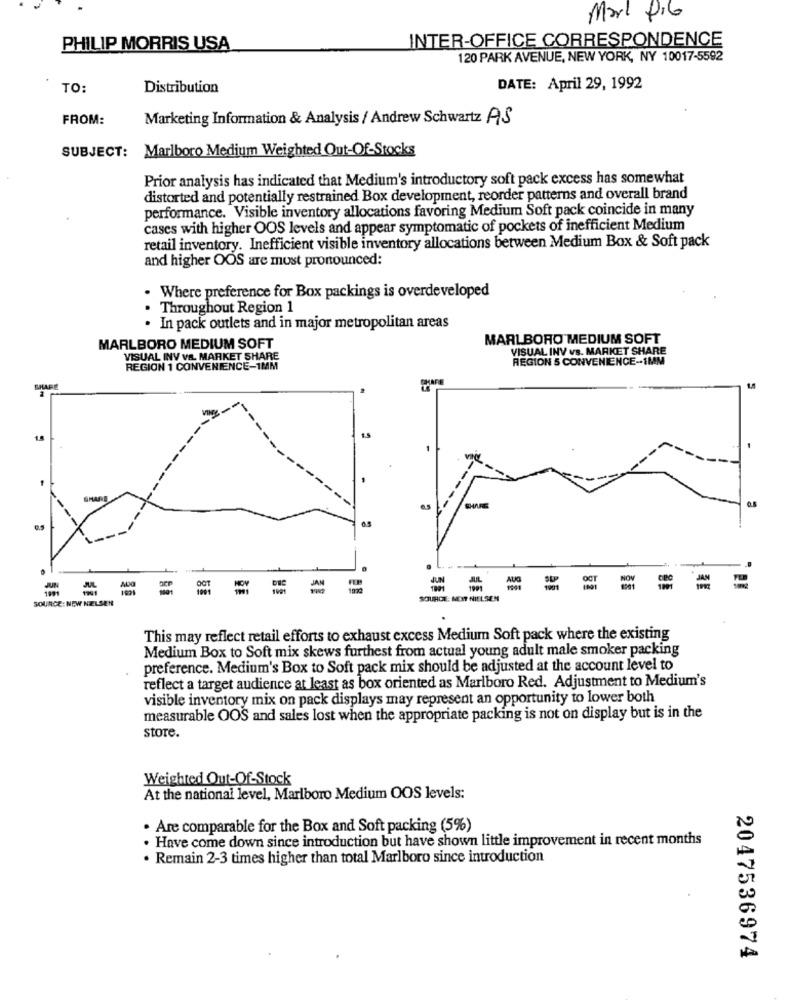
Mark Pib
INTER-OFFICE CORRESPONDENCE
PHILIP MORRIS USA
120 PARK AVENUE, NEW YORK, NY 10017-5592
TO:
Distribution
DATE: April 29, 1992
FROM:
Marketing Information & Analysis / Andrew Schwartz AS
SUBJECT: Marlboro Medium Weighted Out-Of-Stocks
Prior analysis has indicated that Medium's introductory soft pack excess has somewhat
distorted and potentially restrained Box development, reorder patterns and overall brand
performance. Visible inventory allocations favoring Medium Soft pack coincide in many
cases with higher OOS levels and appear symptomatic of pockets of inefficient Medium
retail inventory. Inefficient visible inventory allocations between Medium Box & Soft pack
and higher OOS are most pronounced:
. Where preference for Box packings is overdeveloped
Throughout Region 1
·In pack outlets and in major metropolitan areas
MARLBORO MEDIUM SOFT
MARLBORO MEDIUM SOFT
VISUAL INV vs. MARKET SHARE
VISUAL INV V&. MARKET SHARE
REGION 5 CONVENIENCE-1MM
REGION 1 CONVENIENCE-1MM
CHAPE
5
1.5
-
0.5
SOURCE: NEW NELSEN
SOURDE: MEIT NIELSEN
This may reflect retail efforts to exhaust excess Medium Soft pack where the existing
Medium Box to Soft mix skews furthest from actual young adult male smoker packing
preference. Medium's Box to Soft pack mix should be adjusted at the account level to
reflect a target audience at least as box oriented as Marlboro Red. Adjustment to Medium's
visible inventory mix on pack displays may represent an opportunity to lower both
measurable OOS and sales lost when the appropriate packing is not on display but is in the
store.
Weighted Out-Of-Stock
At the national level, Marlboro Medium OOS levels:
. Are comparable for the Box and Soft packing (5%)
. Have come down since introduction but have shown little improvement in recent months
. Remain 2-3 times higher than total Marlboro since introduction
2047536974